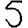
Digit: 5